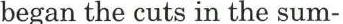
began the cuts in the sum-